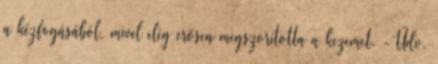
a kézfogásából, mivel elég erősen megszorította a kezemet. -Üdv.